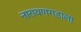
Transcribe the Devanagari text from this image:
नारायणगडाला